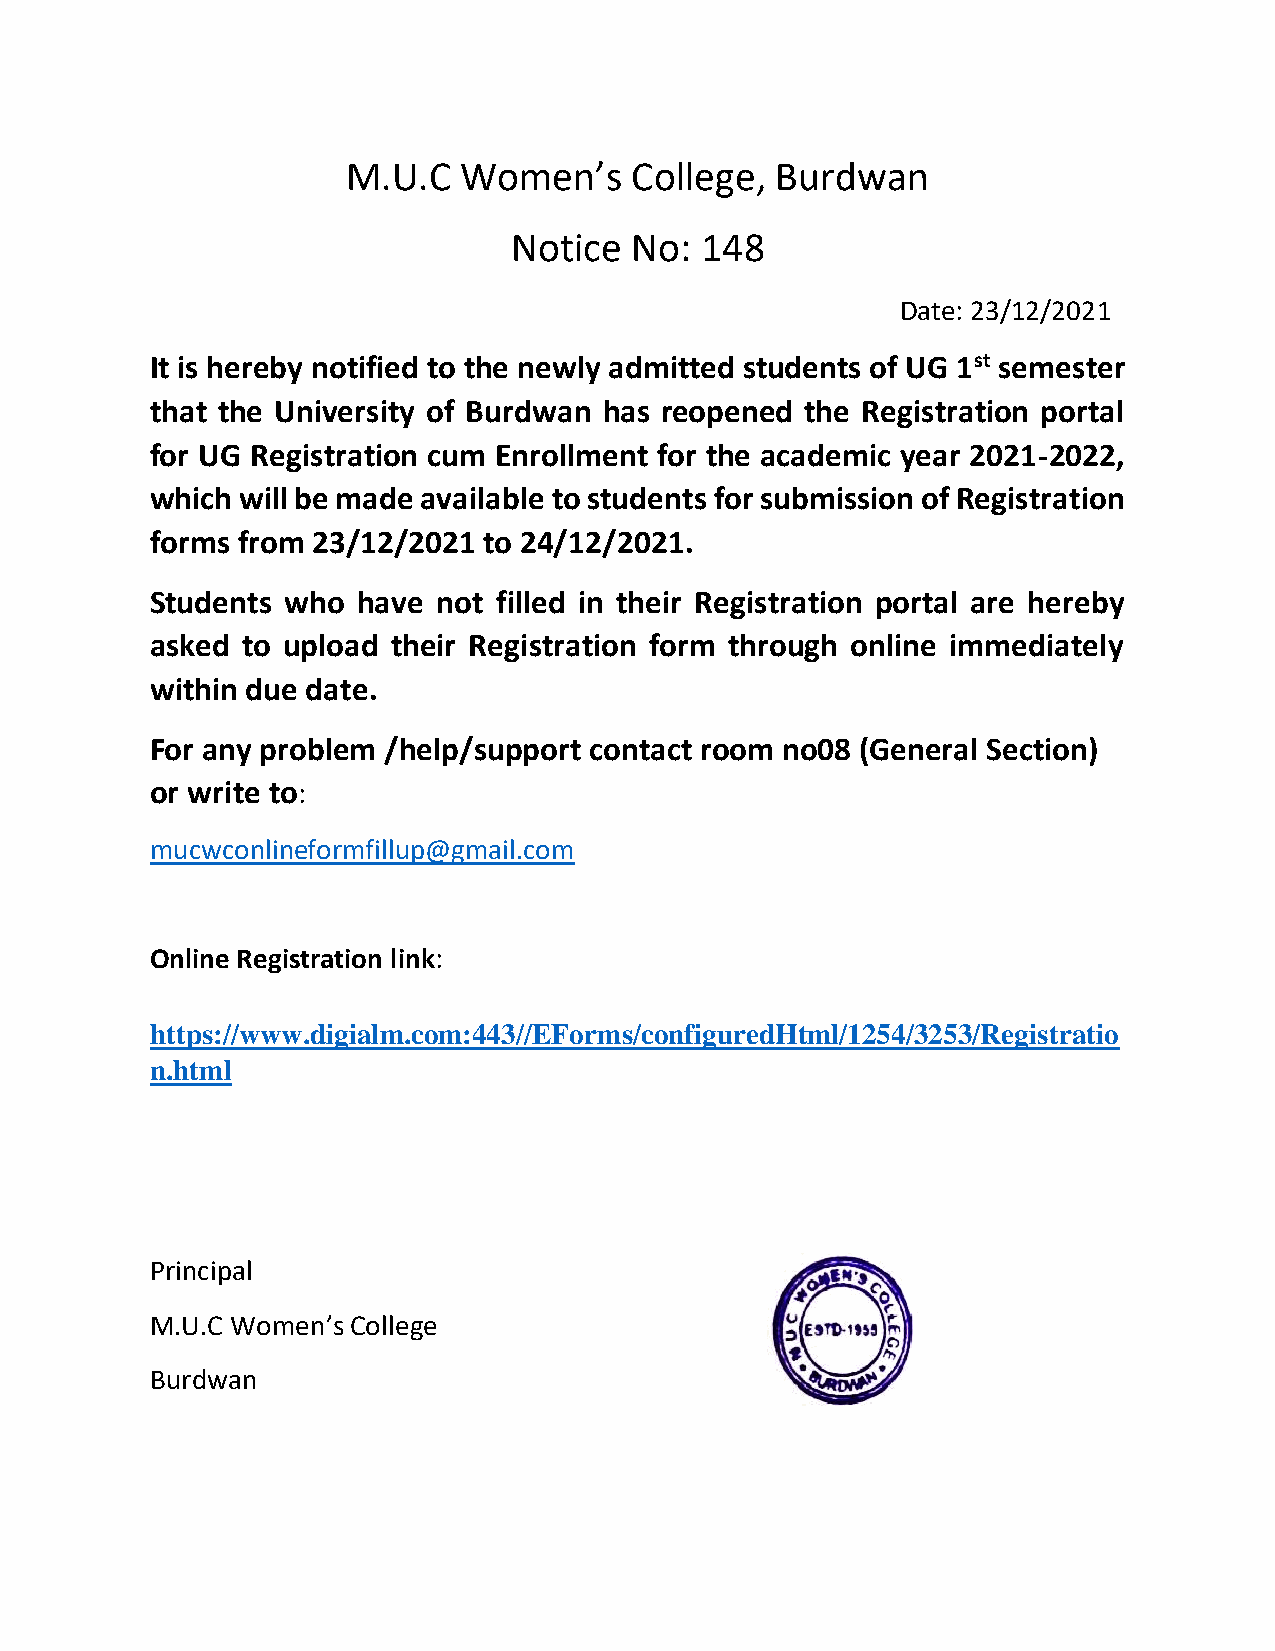
M.U.C  Women’s     College, Burdwan
 Notice  No: 148
 Date: 23/12/2021
 It is hereby notified to the newly admitted students of UG 1st semester
 that the University of Burdwan has reopened the Registration portal
 for UG Registration cum Enrollment for the academic year 2021-2022,
 which will be made available to students for submission of Registration
 forms from 23/12/2021 to 24/12/2021.
 Students who  have not filled in their Registration portal are hereby
 asked to upload their Registration form through online immediately
 within due date.
 For any problem /help/support contact room no08 (General Section)
 or write to:
 mucwconlineformfillup@gmail.com
 Online Registration link:
 https://www.digialm.com:443//EForms/configuredHtml/1254/3253/Registratio
 n.html
 Principal
 M.U.C Women’s College
 Burdwan